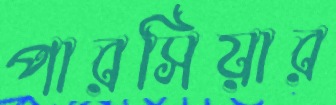
পারসিয়ার